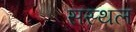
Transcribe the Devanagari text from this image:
सस्थल